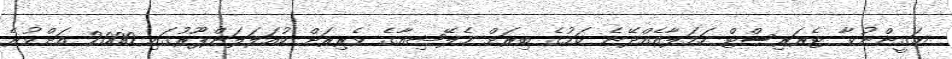
ޔަގީންނުވާ ޓެރަރިސްޓް ހަމަލާއެއްދޭނެ ކަމުގެ ބިރަށް މެލޭޝިއާގެ ވެރިރަށް ކުއަލަލަންޕޫރުގައި 2000 އަށްވުރެ